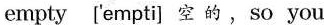
empty ['empti] 空 的 ,so you